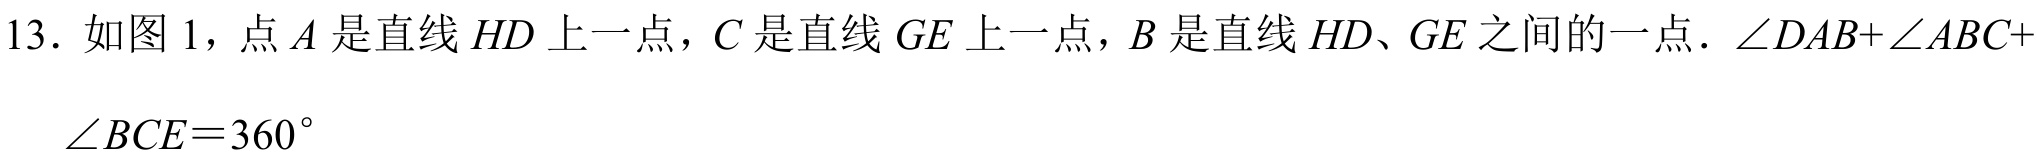
13. 如图1，点\(A\)是直线\(HD\)上一点，\(C\)是直线\(GE\)上一点，\(B\)是直线\(HD、GE\)之间的一点. \(\angle DAB+\angle ABC + \angle BCE = 360^{\circ}\)